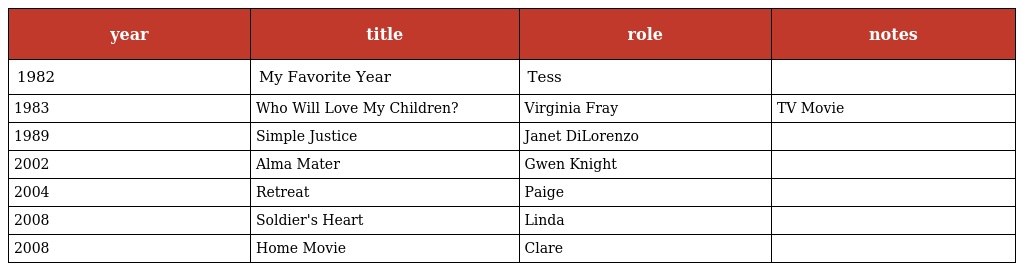
| year | title | role | notes |
 | --- | --- | --- | --- |
 | 1982 | My Favorite Year | Tess |  |
 | 1983 | Who Will Love My Children? | Virginia Fray | TV Movie |
 | 1989 | Simple Justice | Janet DiLorenzo |  |
 | 2002 | Alma Mater | Gwen Knight |  |
 | 2004 | Retreat | Paige |  |
 | 2008 | Soldier's Heart | Linda |  |
 | 2008 | Home Movie | Clare |  |